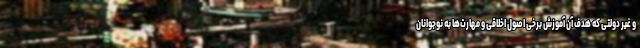
و غیر دولتی که هدف آن آموزش برخی اصول اخلاقی و مهارت‌ها به نوجوانان